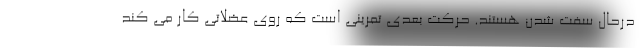
درحال سفت شدن هستند. حرکت بعدی تمرینی است که روی عضلاتی کار می کند